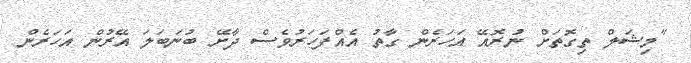
"މިޝަލް ތިގޮތަށް ނުރޮއޭ އަހަރެން ގާތު އެއްފަހަރުވެސް ދާށޭ ބުނަބަލަ އޭރުން އަހަރެން